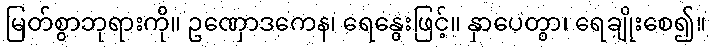
မြတ်စွာဘုရားကို။ ဥဏှောဒကေန၊ ရေနွေးဖြင့်။ နှာပေတွာ၊ ရေချိုးစေ၍။